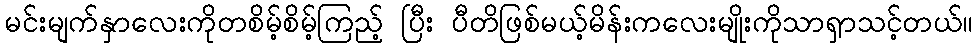
မင်းမျက်နှာလေးကိုတစိမ့်စိမ့်ကြည့် ပြီး ပီတိဖြစ်မယ့်မိန်းကလေးမျိုးကိုသာရှာသင့်တယ်။